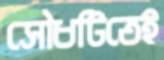
সৌধটিতেই